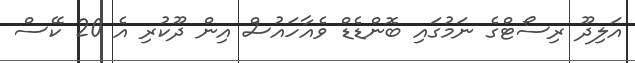
އަލިދޫ ރިސޯޓްގެ ނަމުގައި ބޮންޑެޑް ވެއާހައުސް އިން ދޫކުރި އެ 20 ކޭސް